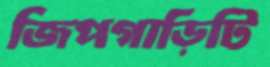
জিপগাড়িটি